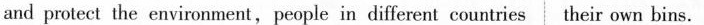
and protect the environment,people in different countries their own bins.